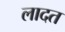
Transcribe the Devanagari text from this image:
लादत